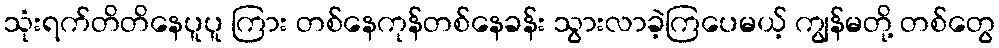
သုံးရက်တိတိနေပူပူ ကြား တစ်နေကုန်တစ်နေခန်း သွားလာခဲ့ကြပေမယ့် ကျွန်မတို့ တစ်တွေ